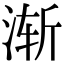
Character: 渐